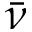
\bar { \nu }